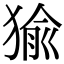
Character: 㺄